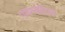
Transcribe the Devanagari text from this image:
एमन्योटिक